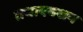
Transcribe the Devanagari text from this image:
तथाएक्शन